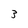
Character: 3